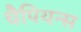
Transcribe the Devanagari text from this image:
चैपियन्स